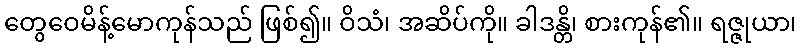
တွေဝေမိန့်မောကုန်သည် ဖြစ်၍။ ဝိသံ၊ အဆိပ်ကို။ ခါဒန္တိ၊ စားကုန်၏။ ရဇ္ဇုယာ၊